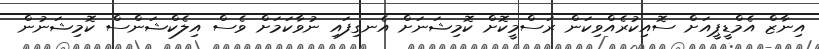
އިނާޒް އެމްޑީޕީއަށް ސޮއިކުރެއްވިކަން ރަސްމީކޮށް ކޮމިޝަނަށް އެނގިފައި ނުވާކަމަށް ވެސް އިލެކްޝަންސް ކޮމިޝަނުން